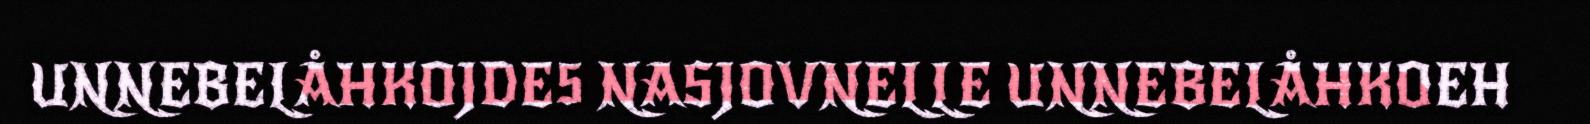
UNNEBELÅHKOJDE5 NASJOVNELLE UNNEBELÅHKOEH